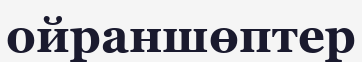
ойраншөптер